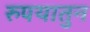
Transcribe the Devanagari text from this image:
रुपयातुन